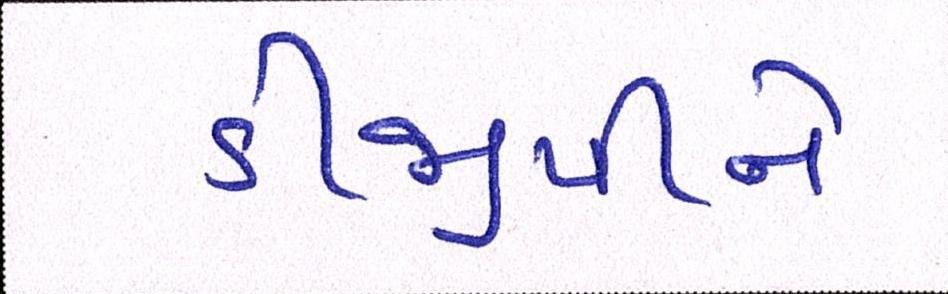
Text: ડીજીપીને